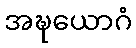
အဍ္ဎယောဂံ